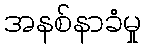
အနစ်နာခံမှု